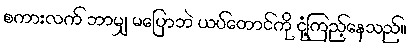
စကားလက် ဘာမျှ မပြောဘဲ ယပ်တောင်ကို ငုံ့ကြည့်နေသည်။